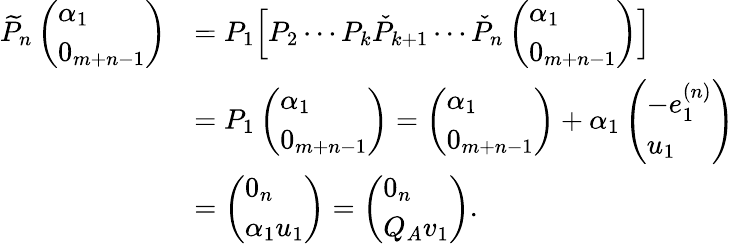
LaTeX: \begin{array}{rl}{\widetilde{P}_{n}\left(\begin{array}{l}{\alpha_{1}}\\ {0_{m+n-1}}\end{array}\right)}&{=P_{1}\Big[P_{2}\cdots P_{k}\check{P}_{k+1}\cdots\check{P}_{n}\left(\begin{array}{l}{\alpha_{1}}\\ {0_{m+n-1}}\end{array}\right)\Big]}\\ &{=P_{1}\left(\begin{array}{l}{\alpha_{1}}\\ {0_{m+n-1}}\end{array}\right)=\left(\begin{array}{l}{\alpha_{1}}\\ {0_{m+n-1}}\end{array}\right)+\alpha_{1}\left(\begin{array}{l}{-e_{1}^{(n)}}\\ {u_{1}}\end{array}\right)}\\ &{=\left(\begin{array}{l}{0_{n}}\\ {\alpha_{1}u_{1}}\end{array}\right)=\left(\begin{array}{l}{0_{n}}\\ {Q_{A}v_{1}}\end{array}\right).}\end{array}